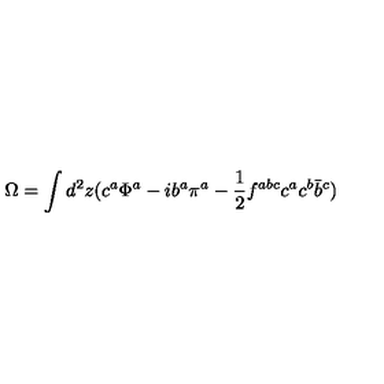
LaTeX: \Omega = \int d ^ { 2 } z ( c ^ { a } \Phi ^ { a } - i b ^ { a } \pi ^ { a } - \frac { 1 } { 2 } f ^ { a b c } c ^ { a } c ^ { b } \bar { b } ^ { c } )